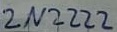
Text: 2N2222